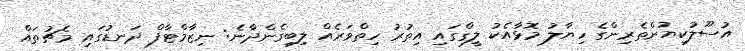
އުސޫލުކިޔުންތެރިންގެ ހިޔާލު މޮޅާއެކު ލީގްގައި އިތުރު ހިތްވަރެއް ލިބިގެންދާނެ: ނިޒާމްޓާފް ދަނޑުގައި މެޗުތައް